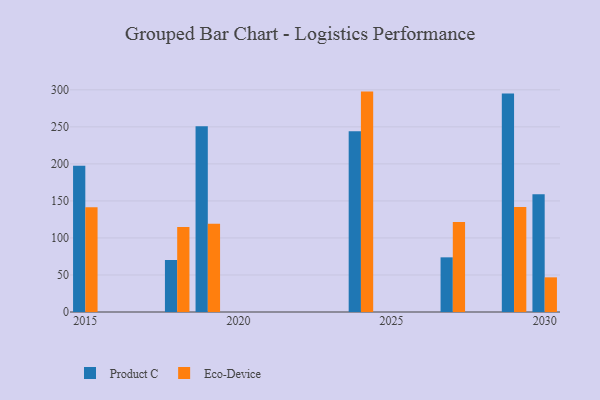
{"axis": {"x": "Year", "y": "Website Visitors"}, "legend": ["Eco-Device", "Product C"], "data": [{"x": "2024", "y": 244.1, "type": "Product C"}, {"x": "2024", "y": 297.6, "type": "Eco-Device"}, {"x": "2027", "y": 73.8, "type": "Product C"}, {"x": "2027", "y": 121.6, "type": "Eco-Device"}, {"x": "2018", "y": 70.2, "type": "Product C"}, {"x": "2018", "y": 114.8, "type": "Eco-Device"}, {"x": "2030", "y": 159.0, "type": "Product C"}, {"x": "2030", "y": 46.8, "type": "Eco-Device"}, {"x": "2019", "y": 250.8, "type": "Product C"}, {"x": "2019", "y": 119.1, "type": "Eco-Device"}, {"x": "2015", "y": 197.6, "type": "Product C"}, {"x": "2015", "y": 141.3, "type": "Eco-Device"}, {"x": "2029", "y": 295.0, "type": "Product C"}, {"x": "2029", "y": 141.8, "type": "Eco-Device"}]}